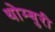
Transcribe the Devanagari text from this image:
थोम्बुरी